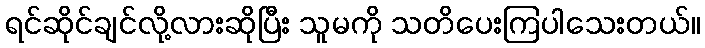
ရင်ဆိုင်ချင်လို့လားဆိုပြီး သူမကို သတိပေးကြပါသေးတယ်။